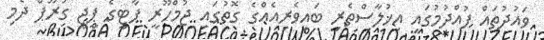
ވައުދުތައް ފުއްދުމުގައި އިޚުލާސްތެރި ބައިވެރިއެއްގެ ގޮތުގައި ޖުމްހޫރީ ޕާޓީގެ ޕީޖީ ގުރޫޕް ދެމި